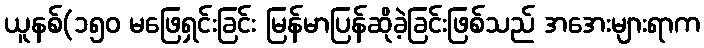
ယူနစ်(၁၅၀ မဖြေရှင်းခြင်း မြန်မာပြန်ဆိုခဲ့ခြင်းဖြစ်သည် အအေးများရာက